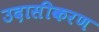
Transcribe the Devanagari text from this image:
उदासीकरण